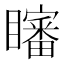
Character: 𱳗